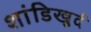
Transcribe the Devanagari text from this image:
शांडिखुर्द